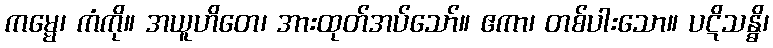
ကမ္မေ၊ ကံကို။ အယူဟိတေ၊ အားထုတ်အပ်သော်။ ဧကာ၊ တစ်ပါးသော။ ပဋိသန္ဓိ၊